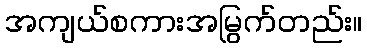
အကျယ်စကားအမြွက်တည်း။